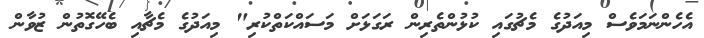
އެހެންނަމަވެސް މިއަދުގެ މެޗުގައި ކުޅުންތެރިން ރަގަޅަށް މަސައްކަތްކުރި" މިއަދުގެ މެޗާއި ބެހޭގޮތުން ޒުވާން